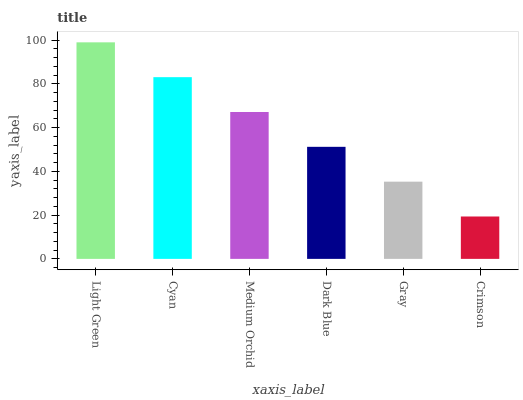
| xaxis_label | bars |
 | --- | --- |
 | Light Green | 99 |
 | Cyan | 83.1 |
 | Medium Orchid | 67.2 |
 | Dark Blue | 51.2 |
 | Gray | 35.3 |
 | Crimson | 19.4 |